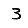
Digit: 3